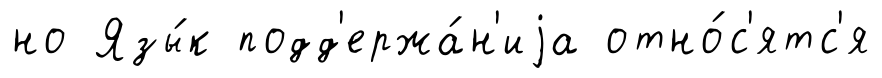
но Язы́к подд'ержа́н'иjа отно́с'ятс'я